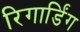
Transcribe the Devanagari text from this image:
रिगार्डिंग